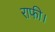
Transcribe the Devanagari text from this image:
राफी।